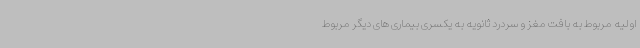
اولیه مربوط به بافت مغز و سردرد ثانویه به یکسری بیماری های دیگر مربوط